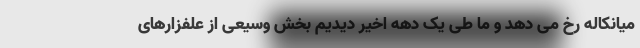
میانکاله رخ می دهد و ما طی یک دهه اخیر دیدیم بخش وسیعی از علفزارهای